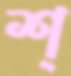
শ্